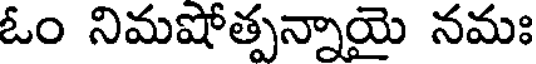
ఓం నిమషోత్పన్నాయై నమః